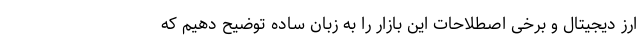
ارز دیجیتال و برخی اصطلاحات این بازار را به زبان ساده توضیح دهیم که